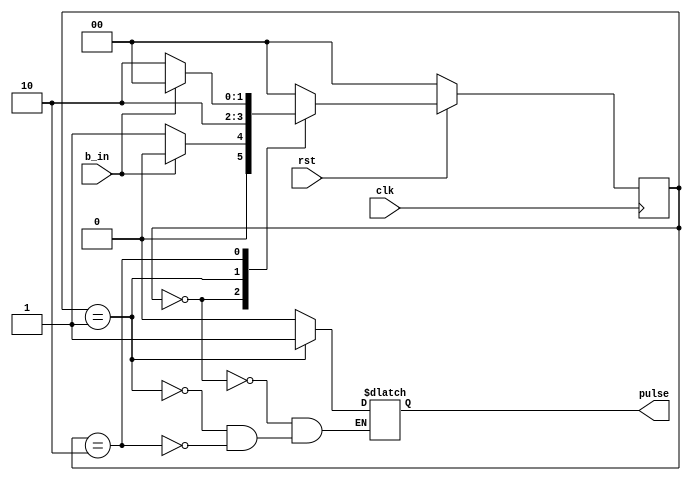
//Author Raj Dasadia
// Author 4014
//Generic Buttton Shaper using two procedure FSM

module singlePulseButton (b_in, pulse, clk, rst);

input b_in;
input clk, rst;

output pulse;

reg pulse;
reg [1:0] state, nextState;

parameter s_init = 0, s_pulse = 1, s_wait = 2;

always @ ( state, b_in)

	begin
	 
	 case (state)
	 
	   
	   s_init:
	    begin 
	     pulse = 0;
		if (b_in == 1)
		 begin
		  nextState = s_init;
		 end
		else
		 begin
		  nextState = s_pulse;
		 end
       	     end

	    s_pulse:
	     begin
	       pulse = 1;
	       nextState = s_wait;
	     end

	    s_wait:
	      begin
 		pulse = 0;
		  if (b_in == 0)
		    begin
		     nextState = s_wait;
		    end
		  else
		    begin
		     nextState = s_init;
		    end
	      end
 		
	     default:
	       begin
	         nextState = s_init;
	       end 
	   endcase
	end


always @ (posedge clk) 
	begin
	  if (rst == 0)
	    begin
	      state <= s_init;
	    end
	  else
	    begin
	      state <= nextState;
	    end
	 end

endmodule